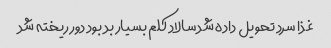
غذا سرد تحویل داده شد سالاد کلم بسیار بد بود دور ریخته شد